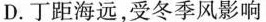
D. 丁距海远，受冬季风影响